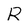
Character: R